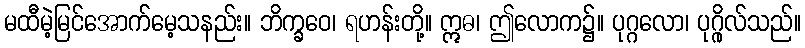
မထီမဲ့မြင်အောက်မေ့သနည်း။ ဘိက္ခဝေ၊ ရဟန်းတို့။ ဣဓ၊ ဤလောက၌။ ပုဂ္ဂလော၊ ပုဂ္ဂိုလ်သည်။